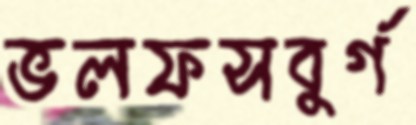
ভলফসবুর্গ